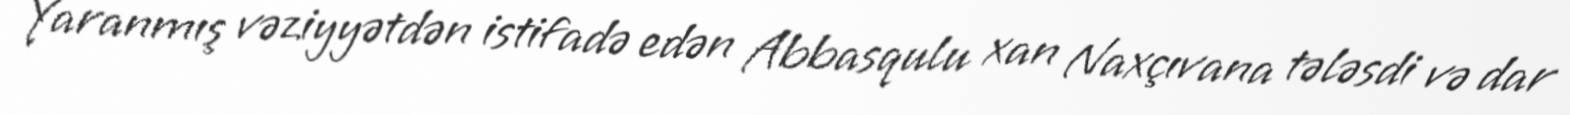
Yaranmış vəziyyətdən istifadə edən Abbasqulu xan Naxçıvana tələsdi və dar